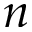
n